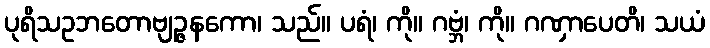
ပုရိသဥဘတောဗျဉ္ဇနကော၊ သည်။ ပရံ၊ ကို။ ဂဗ္ဘံ၊ ကို။ ဂဏှာပေတိ၊ သယံ